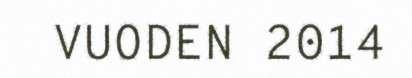
VUODEN 2014